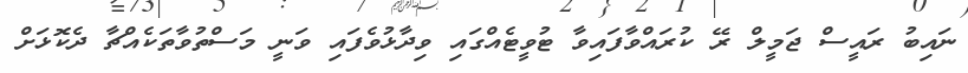
ނައިބު ރައީސް ޖަމީލް ރޭ ކުރައްވާފައިވާ ޓުވީޓެއްގައި ވިދާޅުވެފައި ވަނީ މަސްތުވާތަކެއްޗާ ދެކޮޅަށް